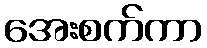
အေးစက်ကာ